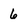
Character: 6